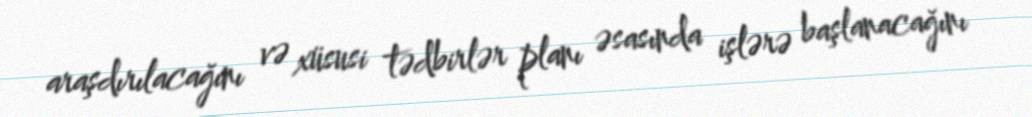
araşdırılacağını və xüsusi tədbirlər planı əsasında işlərə başlanacağını